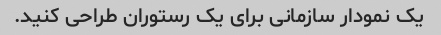
یک نمودار سازمانی برای یک رستوران طراحی کنید.